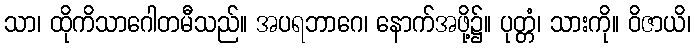
သာ၊ ထိုကိသာဂေါတမီသည်။ အပရဘာဂေ၊ နောက်အဖို့၌။ ပုတ္တံ၊ သားကို။ ဝိဇာယိ၊